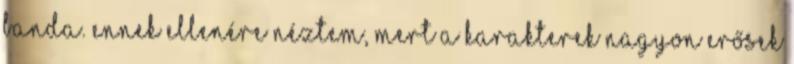
banda. Ennek ellenére néztem, mert a karakterek nagyon erősek